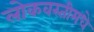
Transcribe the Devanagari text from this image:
लोकवस्तीमधे